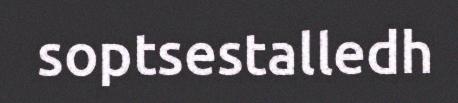
soptsestalledh